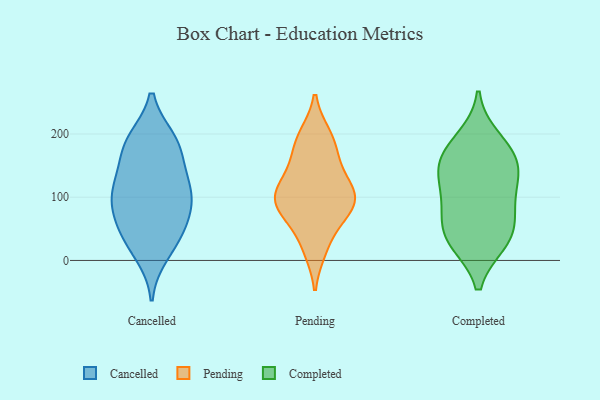
{"axis": {"x": "Page Views", "y": "Value"}, "legend": ["Cancelled", "Completed", "Pending"], "data": [{"x": "", "y": 187, "type": "Cancelled"}, {"x": "", "y": 190, "type": "Cancelled"}, {"x": "", "y": 37, "type": "Cancelled"}, {"x": "", "y": 167, "type": "Cancelled"}, {"x": "", "y": 116, "type": "Cancelled"}, {"x": "", "y": 117, "type": "Cancelled"}, {"x": "", "y": 81, "type": "Cancelled"}, {"x": "", "y": 37, "type": "Cancelled"}, {"x": "", "y": 11, "type": "Cancelled"}, {"x": "", "y": 83, "type": "Cancelled"}, {"x": "", "y": 103, "type": "Cancelled"}, {"x": "", "y": 184, "type": "Cancelled"}, {"x": "", "y": 59, "type": "Cancelled"}, {"x": "", "y": 123, "type": "Cancelled"}, {"x": "", "y": 73, "type": "Pending"}, {"x": "", "y": 85, "type": "Pending"}, {"x": "", "y": 118, "type": "Pending"}, {"x": "", "y": 89, "type": "Pending"}, {"x": "", "y": 110, "type": "Pending"}, {"x": "", "y": 154, "type": "Pending"}, {"x": "", "y": 68, "type": "Pending"}, {"x": "", "y": 22, "type": "Pending"}, {"x": "", "y": 101, "type": "Pending"}, {"x": "", "y": 197, "type": "Pending"}, {"x": "", "y": 183, "type": "Pending"}, {"x": "", "y": 159, "type": "Pending"}, {"x": "", "y": 83, "type": "Pending"}, {"x": "", "y": 120, "type": "Pending"}, {"x": "", "y": 107, "type": "Pending"}, {"x": "", "y": 197, "type": "Pending"}, {"x": "", "y": 18, "type": "Pending"}, {"x": "", "y": 151, "type": "Completed"}, {"x": "", "y": 29, "type": "Completed"}, {"x": "", "y": 73, "type": "Completed"}, {"x": "", "y": 35, "type": "Completed"}, {"x": "", "y": 67, "type": "Completed"}, {"x": "", "y": 131, "type": "Completed"}, {"x": "", "y": 127, "type": "Completed"}, {"x": "", "y": 192, "type": "Completed"}, {"x": "", "y": 99, "type": "Completed"}, {"x": "", "y": 30, "type": "Completed"}, {"x": "", "y": 171, "type": "Completed"}, {"x": "", "y": 163, "type": "Completed"}]}